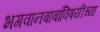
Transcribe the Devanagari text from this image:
भगवानबाबांविषयीच्या